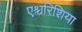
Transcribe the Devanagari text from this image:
एश्चरिशिया